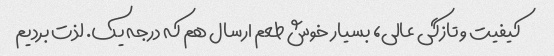
کیفیت و تازگی عالی، بسیار خوش طعم ارسال هم که درجه یک. لذت بردیم